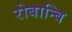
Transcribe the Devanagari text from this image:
रोबान्बि